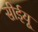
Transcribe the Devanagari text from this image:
सीईयू